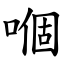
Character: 嗰